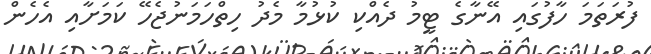
ފުރަތަމަ ހާފުގައި އޭނާގެ ޓީމު ދެއްކި ކުޅުމާ މެދު ހިތްހަމަނުޖެހޭ ކަމަށާއި އެހެން